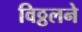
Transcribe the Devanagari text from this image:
विठ्ठलने